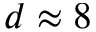
d \approx 8